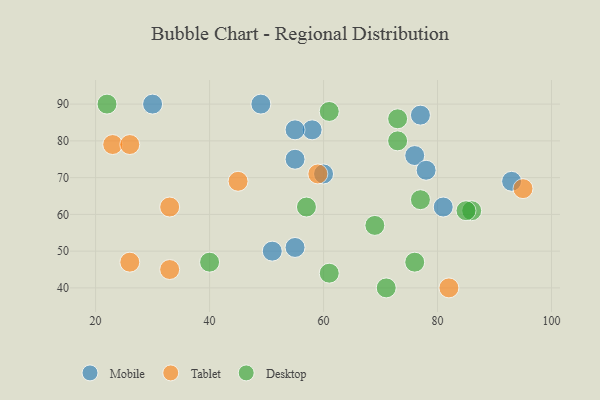
{"axis": {"x": "GDP", "y": "Life Expectancy"}, "legend": ["Desktop", "Mobile", "Tablet"], "data": [{"x": "55", "y": 75, "type": "Mobile"}, {"x": "93", "y": 69, "type": "Mobile"}, {"x": "49", "y": 90, "type": "Mobile"}, {"x": "76", "y": 76, "type": "Mobile"}, {"x": "60", "y": 71, "type": "Mobile"}, {"x": "77", "y": 87, "type": "Mobile"}, {"x": "58", "y": 83, "type": "Mobile"}, {"x": "81", "y": 62, "type": "Mobile"}, {"x": "55", "y": 83, "type": "Mobile"}, {"x": "51", "y": 50, "type": "Mobile"}, {"x": "30", "y": 90, "type": "Mobile"}, {"x": "55", "y": 51, "type": "Mobile"}, {"x": "78", "y": 72, "type": "Mobile"}, {"x": "33", "y": 45, "type": "Tablet"}, {"x": "82", "y": 40, "type": "Tablet"}, {"x": "23", "y": 79, "type": "Tablet"}, {"x": "95", "y": 67, "type": "Tablet"}, {"x": "45", "y": 69, "type": "Tablet"}, {"x": "26", "y": 79, "type": "Tablet"}, {"x": "33", "y": 62, "type": "Tablet"}, {"x": "26", "y": 47, "type": "Tablet"}, {"x": "59", "y": 71, "type": "Tablet"}, {"x": "86", "y": 61, "type": "Desktop"}, {"x": "71", "y": 40, "type": "Desktop"}, {"x": "85", "y": 61, "type": "Desktop"}, {"x": "61", "y": 44, "type": "Desktop"}, {"x": "73", "y": 86, "type": "Desktop"}, {"x": "22", "y": 90, "type": "Desktop"}, {"x": "61", "y": 88, "type": "Desktop"}, {"x": "77", "y": 64, "type": "Desktop"}, {"x": "40", "y": 47, "type": "Desktop"}, {"x": "57", "y": 62, "type": "Desktop"}, {"x": "69", "y": 57, "type": "Desktop"}, {"x": "76", "y": 47, "type": "Desktop"}, {"x": "73", "y": 80, "type": "Desktop"}]}